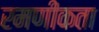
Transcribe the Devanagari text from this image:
रमणीकता